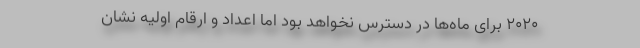
۲۰۲۰ برای ماه‌ها در دسترس نخواهد بود اما اعداد و ارقام اولیه نشان